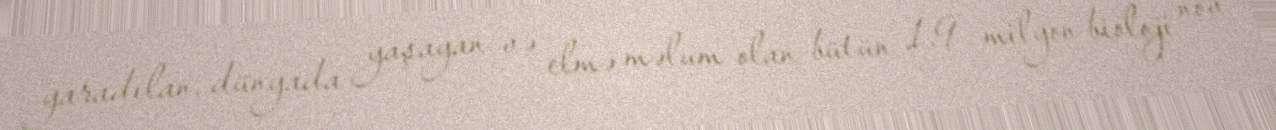
yaradılan, dünyada yaşayan və elmə məlum olan bütün 1,9 milyon bioloji növ